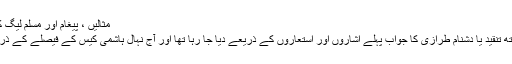
مثالیں ، پیغام اور مسلم لیگ کا تدبر – کاشف حفیظ صدیقی – Daleel.Pk
سپریم کورٹ پر کی جانے والی تسلسل کے ساتھ تنقید یا دشنام طرازی کا جواب پہلے اشاروں اور استعاروں کے ذریعے دیا جا رہا تھا اور آج نہال ہاشمی کیس کے فیصلے کے ذریعے مثال قائم کرکے واضح پیغام دے دیا ہے۔